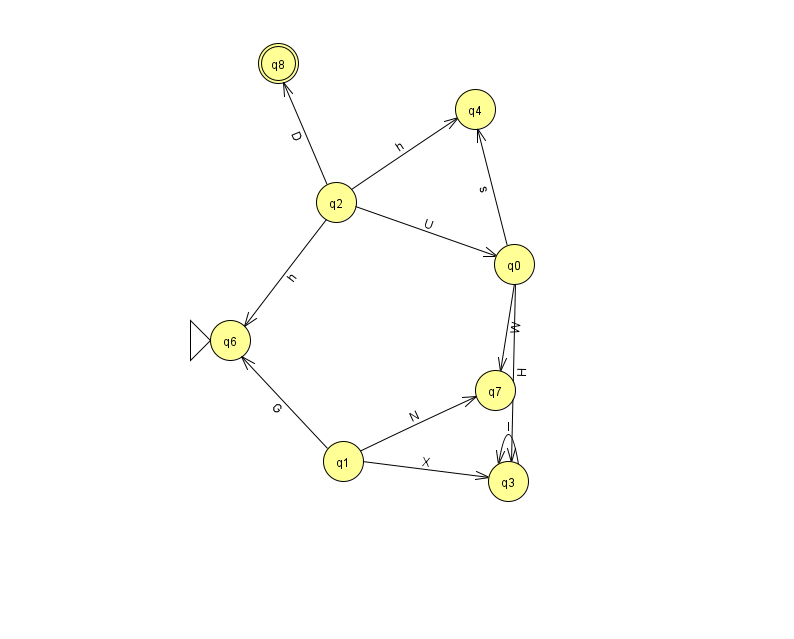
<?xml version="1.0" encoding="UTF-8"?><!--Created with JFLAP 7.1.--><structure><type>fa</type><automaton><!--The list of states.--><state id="0" name="q0"><x>514.0</x><y>251.0</y></state><state id="1" name="q1"><x>343.0</x><y>448.0</y></state><state id="2" name="q2"><x>336.0</x><y>189.0</y></state><state id="3" name="q3"><x>508.0</x><y>468.0</y></state><state id="4" name="q4"><x>475.0</x><y>96.0</y></state><state id="6" name="q6"><x>230.0</x><y>327.0</y><initial/></state><state id="7" name="q7"><x>495.0</x><y>377.0</y></state><state id="8" name="q8"><x>278.0</x><y>50.0</y><final/></state><!--The list of transitions.--><transition><from>0</from><to>3</to><read>H</read></transition><transition><from>0</from><to>4</to><read>s</read></transition><transition><from>2</from><to>8</to><read>D</read></transition><transition><from>2</from><to>0</to><read>U</read></transition><transition><from>0</from><to>7</to><read>W</read></transition><transition><from>1</from><to>6</to><read>G</read></transition><transition><from>2</from><to>4</to><read>h</read></transition><transition><from>2</from><to>6</to><read>h</read></transition><transition><from>1</from><to>3</to><read>X</read></transition><transition><from>3</from><to>3</to><read>l</read></transition><transition><from>1</from><to>7</to><read>N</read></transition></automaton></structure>